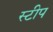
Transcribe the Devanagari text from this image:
स्टीप